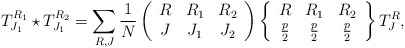
\begin{align*}T^{R_1}_{J_1} \star T^{R_2}_{J_1} = \sum_{R, J} \frac{1}{N}\left ( \begin{array}{ccc}R & R_1 & R_2 \\J & J_1 & J_2\end{array} \right ) \left \{ \begin{array}{ccc}R & R_1 & R_2 \\\frac{p}{2} & \frac{p}{2} & \frac{p}{2}\end{array} \right \} T^R_J,\end{align*}